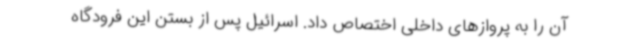
آن را به پروازهای داخلی اختصاص داد. اسرائیل پس از بستن این فرودگاه